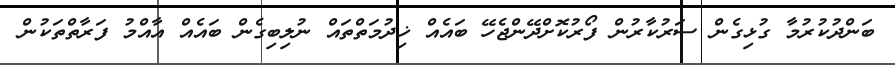
ބަންދުކުރުމާ ގުޅިގެން ސަރުކާރުން ފޯރުކޮށްދޭންޖެހޭ ބައެއް ޚިދުމަތްތައް ނުލިބިގެން ބައެއް އާއްމު ފަރާތްތަކުން